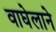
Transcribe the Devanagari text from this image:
वाघेलाने